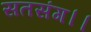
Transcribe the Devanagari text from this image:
सतसंग।।